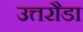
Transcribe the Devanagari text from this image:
उत्तरौडा